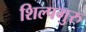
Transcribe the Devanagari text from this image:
शिल्पगुरु